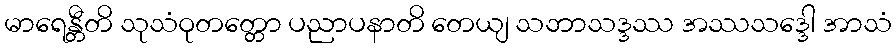
မာရေန္တီတိ သုသံဝုတတ္တော ပညာပနာတိ တေယျ သဘာသဒ္ဒဿ အဿသဒ္ဒေါ အာသံ